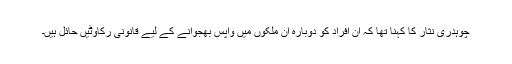
چوہدری نثار کا کہنا تھا کہ اُن افراد کو دوبارہ اُن ملکوں میں واپس بھجوانے کے لیے قانونی رکاوٹیں حائل ہیں۔